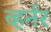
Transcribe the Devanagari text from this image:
व्हर्नर